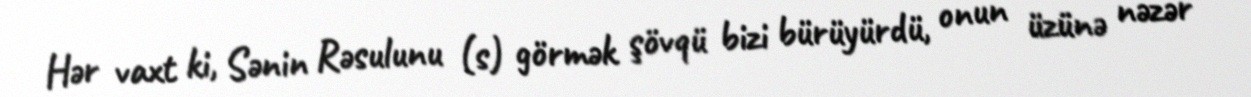
Hər vaxt ki, Sənin Rəsulunu (s) görmək şövqü bizi bürüyürdü, onun üzünə nəzər